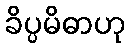
ခိပ္ပမိဓာဟု